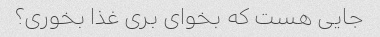
جایی هست که بخوای بری غذا بخوری؟